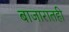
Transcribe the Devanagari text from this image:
बाजारातही